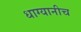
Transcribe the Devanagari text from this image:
धाग्यानीच